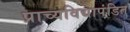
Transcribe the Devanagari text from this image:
प्राच्यविद्यापंडित